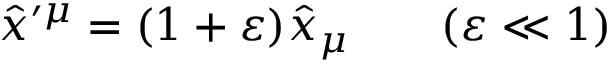
\hat { x } ^ { \prime \mu } = ( 1 + \varepsilon ) \hat { x } _ { \mu } \qquad ( \varepsilon \ll 1 )